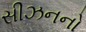
સીઝનનો